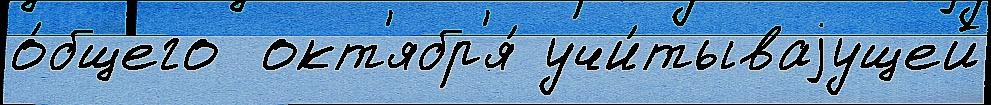
о́бщего  окт'ябр'я́ учи́тываjущей